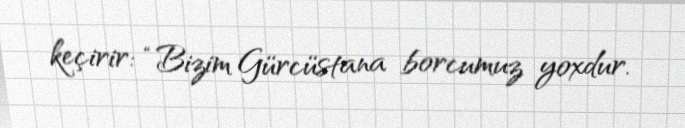
keçirir: “Bizim Gürcüstana borcumuz yoxdur.